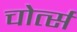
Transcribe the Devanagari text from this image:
चोर्त्स